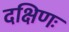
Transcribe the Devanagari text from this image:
दक्षिणः